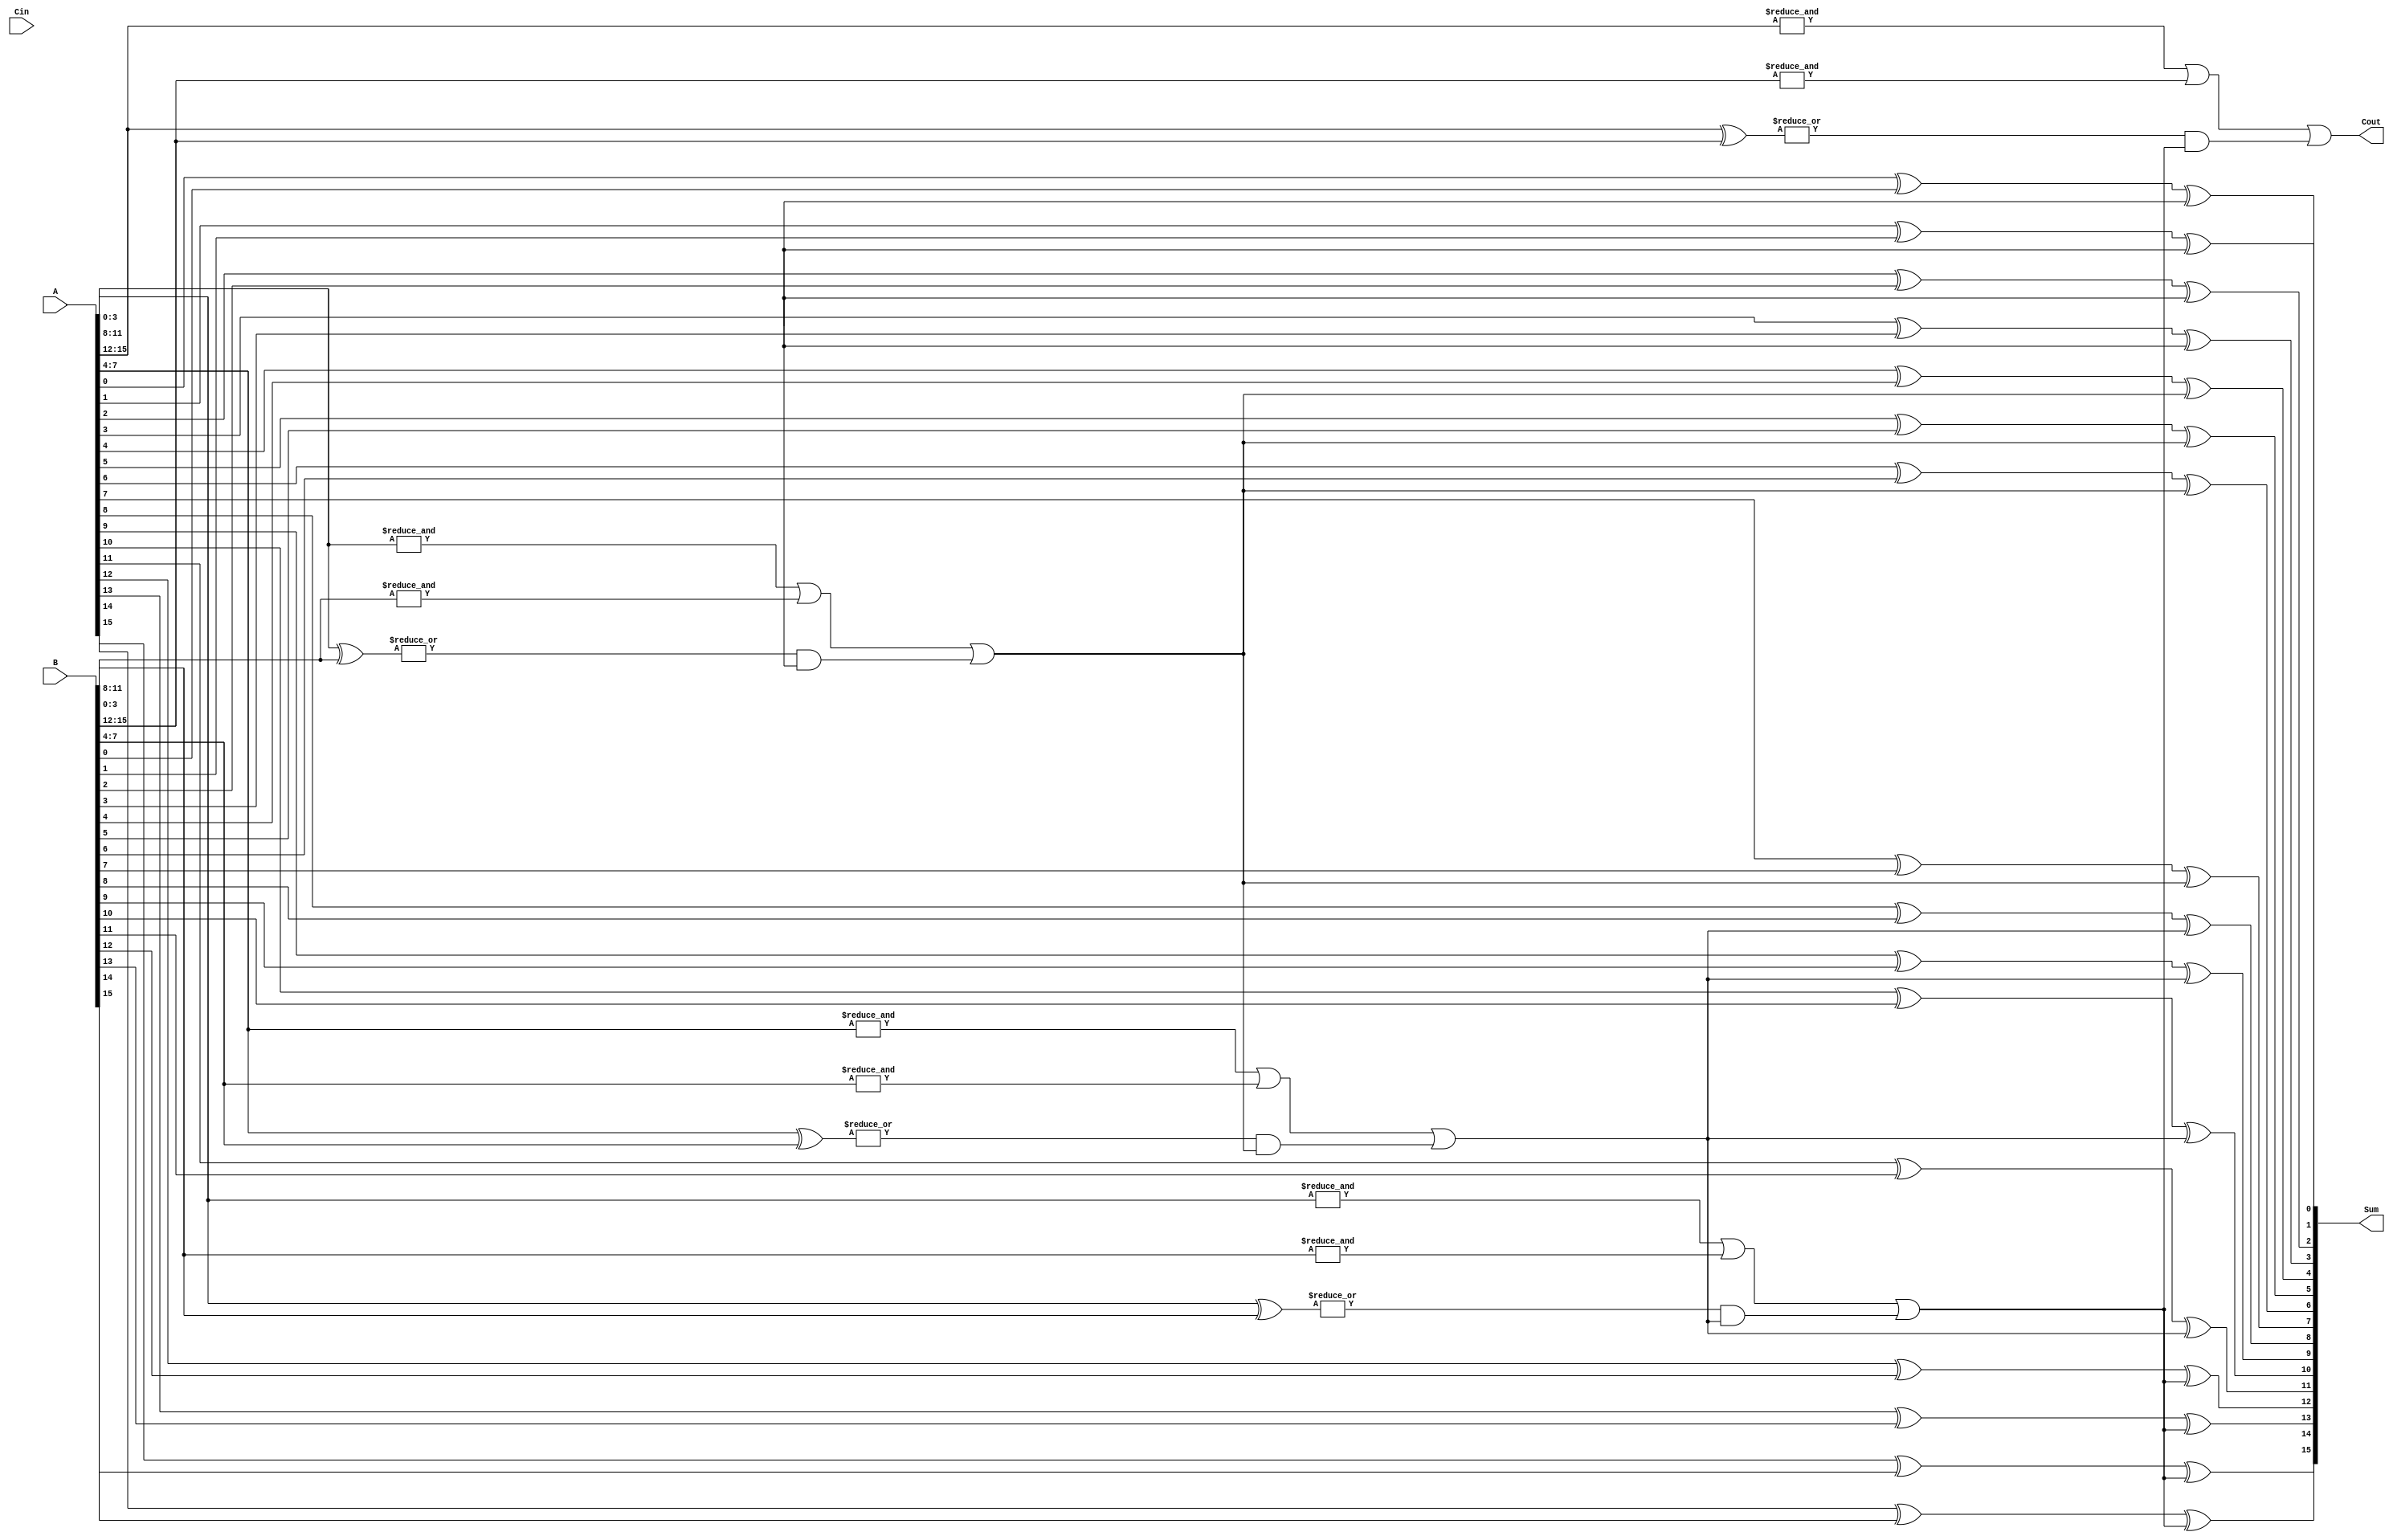
module PrecomputationCarryAdder #(
    parameter N = 16, // Total number of bits
    parameter GROUP_SIZE = 4 // Number of bits in each group
)(
    input [N-1:0] A, // First n-bit input
    input [N-1:0] B, // Second n-bit input
    input Cin, // Carry-in
    output [N-1:0] Sum, // Sum output
    output Cout // Carry-out
);

    // Number of groups
    localparam NUM_GROUPS = N / GROUP_SIZE;

    // Carry generation and propagation
    wire [NUM_GROUPS-1:0] G; // Generate signals
    wire [NUM_GROUPS-1:0] P; // Propagate signals
    wire [NUM_GROUPS:0] C; // Carry signals (C[0] = Cin)

    // Generate and propagate for each group
    genvar i;
    generate
        for (i = 0; i < NUM_GROUPS; i = i + 1) begin : group
            wire [GROUP_SIZE-1:0] A_group = A[i*GROUP_SIZE +: GROUP_SIZE];
            wire [GROUP_SIZE-1:0] B_group = B[i*GROUP_SIZE +: GROUP_SIZE];

            assign G[i] = &A_group | &B_group; // Generate
            assign P[i] = |(A_group ^ B_group); // Propagate
            assign C[i+1] = G[i] | (P[i] & C[i]); // Carry out for the next group
        end
    endgenerate

    // Calculate the sum for each bit
    generate
        for (i = 0; i < N; i = i + 1) begin : sum
            assign Sum[i] = A[i] ^ B[i] ^ C[i / GROUP_SIZE]; // Sum calculation
        end
    endgenerate

    // Final carry-out
    assign Cout = C[NUM_GROUPS];

endmodule